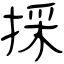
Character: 採